Report on vaccination in Madras 1922-1929 - 1922-1929
Year: 1922
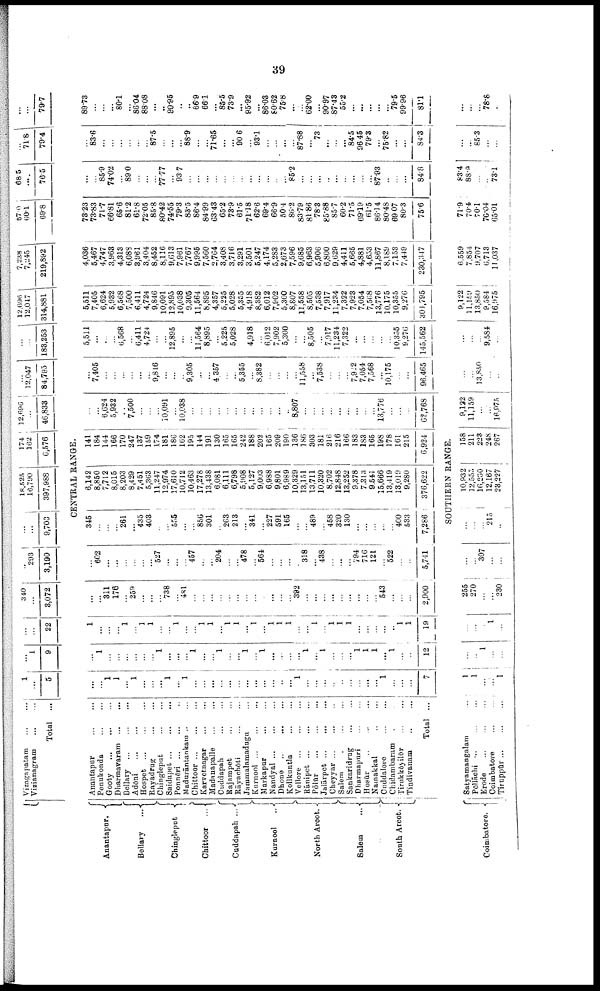
39
Anantapur.
Bellary
...
Chingleput
Chittoor ...
Caddapah ...
Kurnool ...
North Arcot.
Salem ...
South Arcot.
Coimbatore.
Vizagapatam
...
...
Vizianagram ... ...
Total ...
Anantapur
...
...
Penukonda
...
...
Gooty
...
...
...
Dharmavaram
...
...
Bellary
...
...
...
Adōni
...
...
Hospet
...
...
...
Rayadrug
...
...
Chingleput
...
...
Saidapet
...
...
...
Ponnēri ... ... ...
Madurāntankam ... ...
Chittoor
...
...
...
Karvetnagar
...
...
Madanapalle
...
...
Cuddapah
...
...
Rajampet ... ...
Rāyachōti
...
...
Jammalamadugu ...
Kurnool ... ... ...
Markapur
...
...
Nandyal
...
...
...
Dhone ...
...
...
Koilkuntla
...
...
Vellore
...
...
...
Rānipet ... ... ...
Pōlūr
...
...
...
Jalārpet
...
...
...
Cheyyar ... ... ...
Salem
...
...
...
Sankaridrug
...
...
Dharmapuri ... ...
Hosūr
...
...
...
Namakkal ... ...
Cuddalore
...
...
Chidambaram ... ...
Tirnkkōyilūr
...
...
Tindivanam ... ...
Total ...
Satyamangalam ...
Pōllāchi ...
...
...
Erode
...
...
...
Coimbatore ... ...
Tiruppūr
...
...
...
1
...
5
...
1
9
...
...
22
340
...
3,072
...
293
3,190
...
...
9,703
18,525
16,790
397,988
174
162
6,576
12,696
...
46,833
...
12,047
84,793
...
...
183,253
12,696
12,047
314,881
7,238
7,245
219,892
57.0
60.1
69.8
68.5
...
76.5
...
71.8
79.4
...
...
79.7
CENTRAL RANGE.
...
...
1
1
...
1
...
...
...
1
...
1
...
...
...
...
...
...
...
...
...
...
...
...
1
...
...
...
...
...
...
...
...
...
1
...
...
...
7
...
1
...
...
...
...
...
...
1
...
...
...
1
...
...
1
...
...
1
...
1
...
...
...
...
1
...
1
...
...
...
1
1
1
...
1
...
...
12
1
...
...
...
1
...
1
1
...
...
1
...
...
1
1
...
1
1
...
1
...
1
1
1
...
...
1
...
1
1
1
...
...
...
...
...
...
1
19
...
...
311
176
...
259
...
...
...
738
...
481
...
...
...
...
...
...
...
...
...
...
...
...
392
...
...
...
...
...
...
...
...
...
543
...
...
...
2,900
...
602
...
...
...
...
...
...
527
...
...
...
457
...
...
204
...
...
478
...
564
...
...
...
...
318
...
438
...
...
...
794
716
121
...
522
...
...
5,741
345
...
...
...
261
...
435
403
...
...
555
...
...
856
301
...
263
213
...
341
...
227
591
165
...
...
489
...
458
320
130
...
...
...
...
...
400
533
7,286
6,142
8,850
7,712
8,015
8,203
8,429
7,451
5,363
11,247
12,974
17,610
10,712
10,463
17,278
13,438
6,081
6,111
6,798
5,908
5,127
9,003
6,988
9,801
6,989
10,329
13,151
13,711
10,320
8,702
12,848
13,252
9,378
7,313
9,541
15,666
13,419
13,019
9,280
376,622
141
184
144
166
170
247
137
159
174
181
186
162
195
144
191
130
165
165
242
188
202
165
209
190
136
186
303
181
216
216
166
183
183
165
198
178
161
215
6,924
...
...
6,624
5,932
...
7,500
...
...
...
10,091
...
10,038
...
...
...
...
...
...
...
...
...
...
...
...
8,807
...
...
...
...
...
...
...
...
...
13,776
...
...
...
62,768
...
7,405
...
...
...
...
...
...
9,846
...
...
...
9,305
...
...
4,357
...
...
5,355
...
8,382
...
...
...
...
11,558
...
7,538
...
...
...
7,922
7,054
7,568
...
10,175
...
...
96,465
5,511
...
...
...
6,568
...
6,411
4,724
...
...
12,895
...
...
11,564
8,895
...
5,225
5,028
...
4,918
...
6,012
7,902
5,300
...
...
8,505
...
7,917
11,234
7,322
...
...
...
...
...
10,355
9,276
145,562
5,511
7,405
6,624
5,932
6,568
7,500
6,411
4,724
9,846
10,091
12,895
10,038
9,305
11,564
8,895
4,357
5,225
5,028
5,355
4,918
8,382
6,012
7,902
5,300
8,807
11,558
8,505
7,538
7,917
11,234
7,322
7,923
7,054
7,568
13,776
10,175
10,355
9,276
301,795
4,036
5,467
4,747
3,963
4,313
6,088
3,961
3,404
8,452
8,116
9,613
7,961
7,767
9,995
7,560
2,764
3,408
3,716
3,291
3,501
5,247
4,174
5,283
2,673
7,596
9,685
6,963
5,906
6,800
9,629
4,411
5,665
4,881
4,653
11,867
8,189
7,153
7,449
230,347
73.23
73.83
71.7
66.81
65.6
81.2
61.8
72.05
85.8
80.42
74.55
79.3
83.5
86.4
84.99
63.43
65.2
73.9
61.5
71.18
62.6
69.4
66.9
50.4
86.2
83.79
81.86
78.3
85.88
85.7
60.2
71.5
69.19
61.5
86.14
80.48
69.07
80.3
75.6
...
...
85.9
74.02
...
89.0
...
...
...
77.77
...
93.7
...
...
...
...
...
...
...
...
...
...
...
...
85.2
...
...
...
...
...
...
...
...
...
87.93
...
...
...
84.8
...
83.6
...
...
...
...
...
...
87.5
...
...
...
88.9
...
...
71.65
...
...
90.6
...
93.1
...
...
...
...
87.88
...
73
...
...
...
84.5
96.45
79.3
...
75.82
...
...
84.3
89.73
...
...
...
80.1
...
86.04
88.08
...
...
90.95
...
...
66.9
66.1
...
85.5
73.9
...
95.92
...
86.03
80.62
75.8
...
...
62.00
...
90.97
87.43
55.2
...
...
...
...
...
79.5
99.96
81.1
SOUTHERN RANGE.
1
1
...
...
1
...
...
1
...
...
...
...
...
1
...
255
270
...
...
230
...
...
307
...
...
...
...
...
215
...
10,932
12,555
16,230
12,167
23,227
158
211
223
248
267
9,122
11,159
...
...
16,975
...
...
13,850
...
...
...
...
...
9,584
...
9,122
11,159
13,850
9,584
16,975
6,559
7,854
9,707
6,713
11,037
71.9
70.4
70.1
76.04
65.01
83.4
88.9
...
...
73.1
...
...
85.3
...
...
...
...
78.8
...